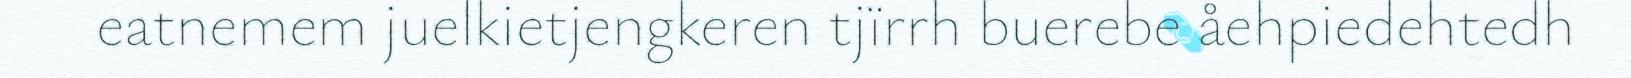
eatnemem juelkietjengkeren tjïrrh buerebe åehpiedehtedh